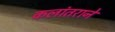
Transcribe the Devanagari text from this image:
कलांतराने